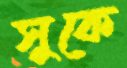
সুকে